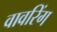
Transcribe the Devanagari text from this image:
वावरिंग